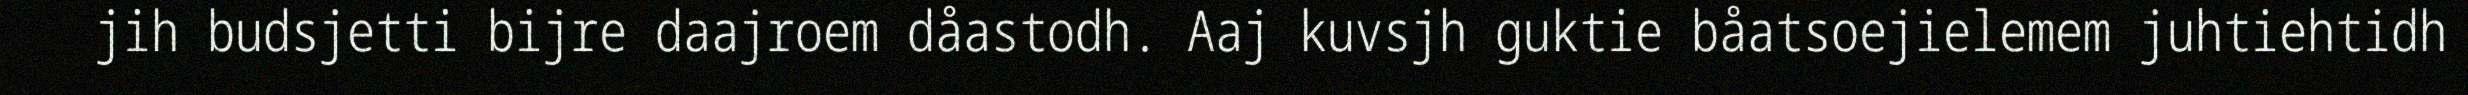
jih budsjetti bijre daajroem dåastodh. Aaj kuvsjh guktie båatsoejielemem juhtiehtidh